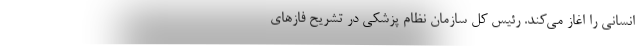
انسانی را اغاز می‌کند. رئیس کل سازمان نظام پزشکی در تشریح فازهای